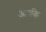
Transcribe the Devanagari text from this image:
आपकि